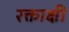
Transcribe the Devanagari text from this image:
रक्ताक्षी